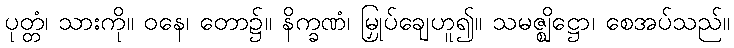
ပုတ္တံ၊ သားကို။ ဝနေ၊ တော၌။ နိက္ခဏံ၊ မြှုပ်ချေဟူ၍။ သမဇ္ဈိဋ္ဌော၊ စေအပ်သည်။